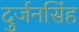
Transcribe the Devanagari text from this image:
दुर्जनसिंह